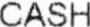
CASH